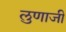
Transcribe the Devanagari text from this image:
लुणाजी